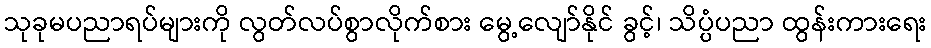
သုခုမပညာရပ်များကို လွတ်လပ်စွာလိုက်စား မွေ့လျော်နိုင် ခွင့်၊ သိပ္ပံပညာ ထွန်းကားရေး